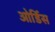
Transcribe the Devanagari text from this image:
ओर्डिस